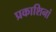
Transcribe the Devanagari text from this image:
प्रकाशिनां